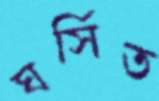
ঘর্সিত